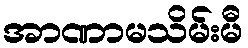
အာဏာမသိမ်းမီ